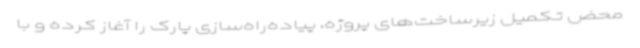
محض تکمیل زیرساخت‌های پروژه، پیاده‌راه‌سازی پارک را آغاز کرده و با